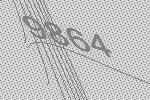
9864